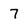
Character: 7